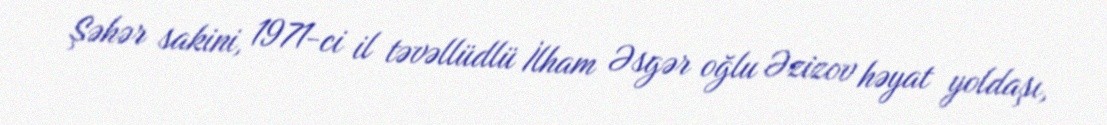
Şəhər sakini, 1971-ci il təvəllüdlü İlham Əsgər oğlu Əzizov həyat yoldaşı,